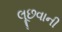
લૂછવાની